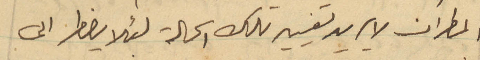
المطران لا يريد تغيير تلك الحالة لئلا يضطر الى